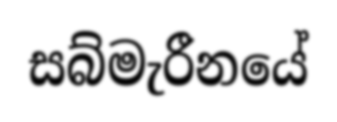
සබ්මැරීනයේ